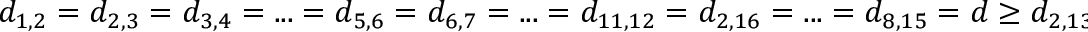
d _ { 1 , 2 } = d _ { 2 , 3 } = d _ { 3 , 4 } = . . . = d _ { 5 , 6 } = d _ { 6 , 7 } = . . . = d _ { 1 1 , 1 2 } = d _ { 2 , 1 6 } = . . . = d _ { 8 , 1 5 } = d \geq d _ { 2 , 1 3 } = . . . = d _ { 8 , 1 5 } ,